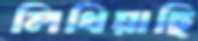
লিখিয়াছি